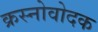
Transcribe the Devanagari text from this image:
क्रस्नोवोदक